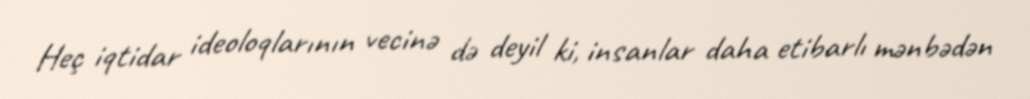
Heç iqtidar ideoloqlarının vecinə də deyil ki, insanlar daha etibarlı mənbədən